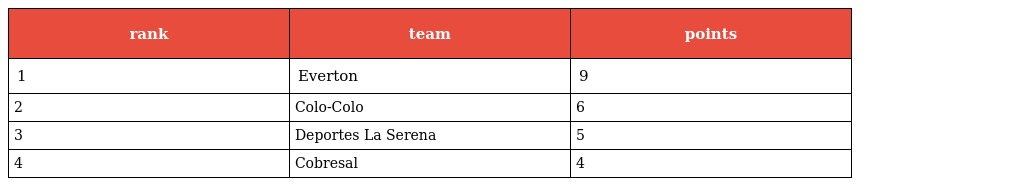
| rank | team | points |
 | --- | --- | --- |
 | 1 | Everton | 9 |
 | 2 | Colo-Colo | 6 |
 | 3 | Deportes La Serena | 5 |
 | 4 | Cobresal | 4 |